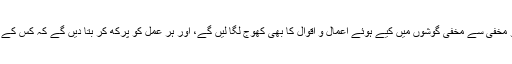
اللہ تعالیٰ کے پاس ایسے آلات ہیں جو مخفی سے مخفی گوشوں میں کیے ہوئے اعمال و اقوال کا بھی کھوج لگا لیں گے، اور ہر عمل کو پرکھ کر بتا دیں گے کہ کس کے اندر کتنا کھوٹ ہے اور کتنا اخلاص۔